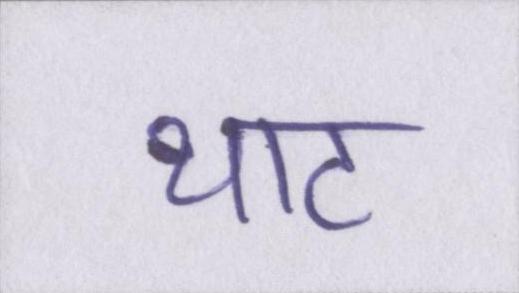
थाट